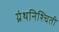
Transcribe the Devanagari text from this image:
ग्रंथनिश्चिती